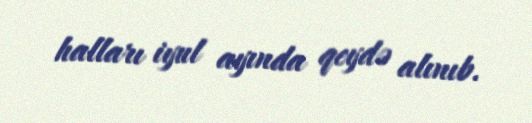
halları iyul ayında qeydə alınıb.